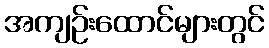
အကျဉ်းထောင်များတွင်